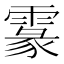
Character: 𩄖